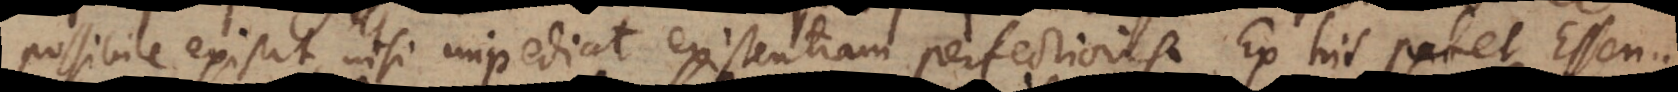
possibile existit, nisi impediat existentiam perfectioris. Ex his patet Essen